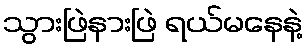
သွားဖြဲနားဖြဲ ရယ်မနေနဲ့